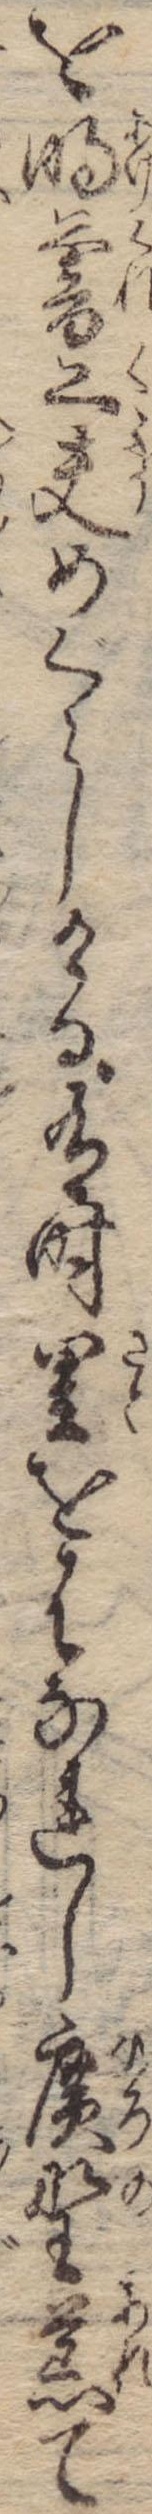
を明暮工夫めぐらしける有時里をはなれし広野荒て